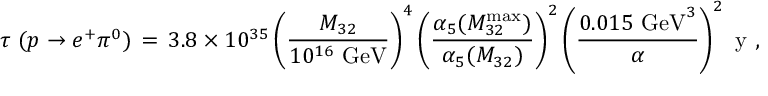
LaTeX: \tau ~ ( p \to e ^ { + } \pi ^ { 0 } ) \, = \, 3 . 8 \times 1 0 ^ { 3 5 } \left( { \frac { M _ { 3 2 } } { 1 0 ^ { 1 6 } ~ \mathrm { G e V } } } \right) ^ { 4 } \left( { \frac { \alpha _ { 5 } ( M _ { 3 2 } ^ { \mathrm { m a x } } ) } { \alpha _ { 5 } ( M _ { 3 2 } ) } } \right) ^ { 2 } \left( { \frac { 0 . 0 1 5 ~ \mathrm { G e V } ^ { 3 } } { \alpha } } \right) ^ { 2 } ~ \mathrm { y } \ ,